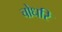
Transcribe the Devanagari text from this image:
चोधरि